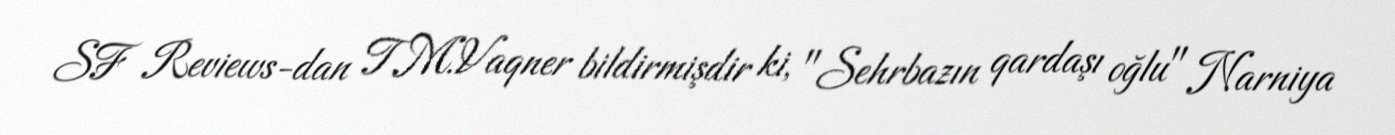
SF Reviews-dan T.M.Vaqner bildirmişdir ki, "Sehrbazın qardaşı oğlu" Narniya